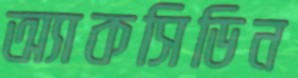
অ্যাকসিডিন